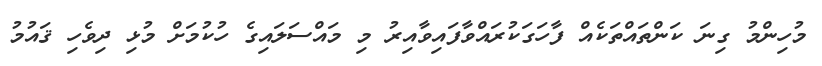
މުހިންމު ގިނަ ކަންތައްތަކެއް ފާހަގަކުރައްވާފައިވާއިރު މި މައްސަލައިގެ ހުކުމަށް މުޅި ދިވެހި ޤައުމު